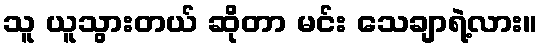
သူ ယူသွားတယ် ဆိုတာ မင်း သေချာရဲ့လား။